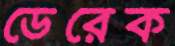
ডেরেক